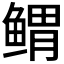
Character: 𱈃